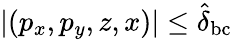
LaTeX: |(p_{x},p_{y},z,x)|\leq\hat{\delta}_{\mathrm{bc}}